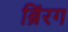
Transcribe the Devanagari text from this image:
ब्रिंरग